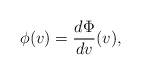
\begin{align*} \phi(v)=\frac{d\Phi}{dv}(v),\end{align*}